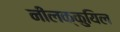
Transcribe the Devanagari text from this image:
नीलक्कुयिल